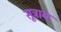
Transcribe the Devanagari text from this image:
सूत्राग्र